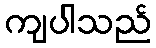
ကျပါသည်